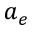
a _ { e }